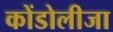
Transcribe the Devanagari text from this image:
कोंडोलीजा